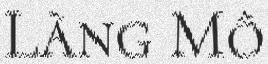
Làng Mô